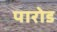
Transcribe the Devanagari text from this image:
पारोड